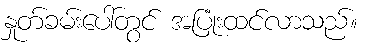
နှုတ်ခမ်းပေါ်တွင် အပြုံးထင်လာသည်။